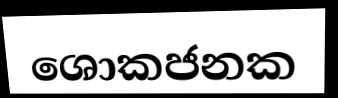
ශොකජනක